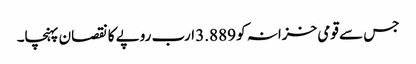
جس سے قومی خزانہ کو 3.889 ارب روپے کا نقصان پہنچا۔